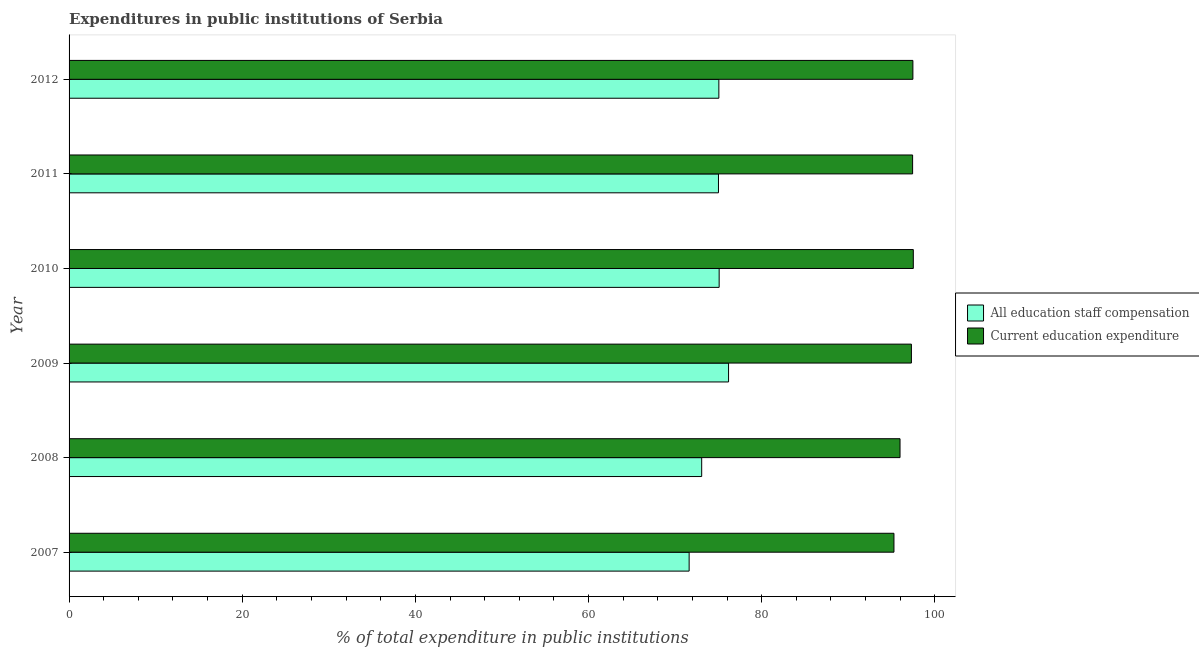
| Year | All education staff compensation | Current education expenditure |
 | --- | --- | --- |
 | 2007 | 71.6 | 95.3 |
 | 2008 | 73.1 | 96 |
 | 2009 | 76.2 | 97.3 |
 | 2010 | 75.1 | 97.5 |
 | 2011 | 75 | 97.4 |
 | 2012 | 75.1 | 97.5 |